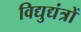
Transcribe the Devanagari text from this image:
विद्युद्यंत्रों